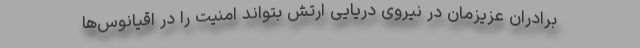
برادران عزیزمان در نیروی دریایی ارتش بتواند امنیت را در اقیانوس‌ها